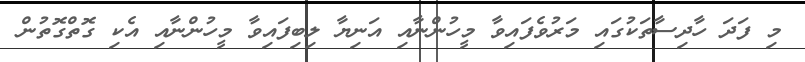
މި ފަދަ ހާދިސާތަކުގައި މަރުވެފައިވާ މީހުންނާއި އަނިޔާ ލިބިފައިވާ މީހުންނާއި އެކި ގޮތްގޮތުން